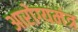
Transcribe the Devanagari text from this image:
आरोग्यमंत्र